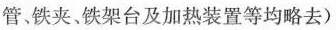
管。铁夹铁架台及加热装置等均略去)